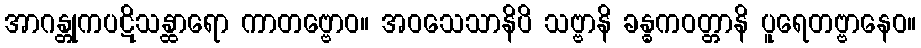
အာဂန္တုကပဋိသန္ထာရော ကာတဗ္ဗောဝ။ အဝသေသာနိပိ သဗ္ဗာနိ ခန္ဓကဝတ္တာနိ ပူရေတဗ္ဗာနေဝ။